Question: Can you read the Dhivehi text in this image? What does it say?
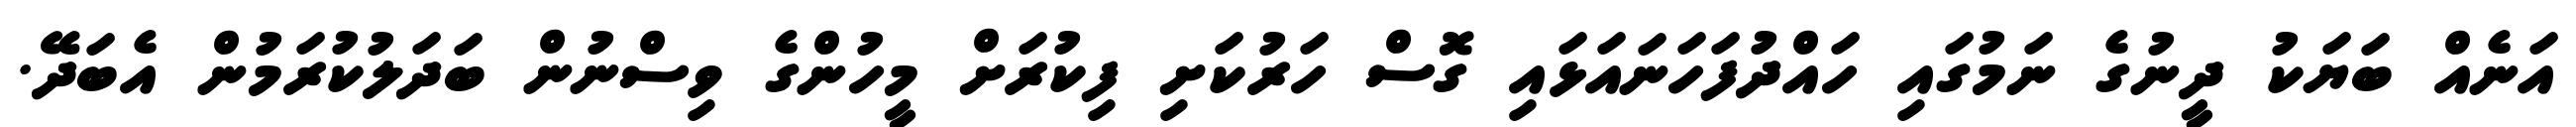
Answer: އަނެއް ބަޔަކު ދީނުގެ ނަމުގައި ހައްދުފަހަނައަޅައި ގޮސް ހަރުކަށި ފިކުރަށް މީހުންގެ ވިސްނުން ބަދަލުކުރަމުން އެބަދޭ.